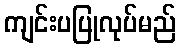
ကျင်းပပြုလုပ်မည်